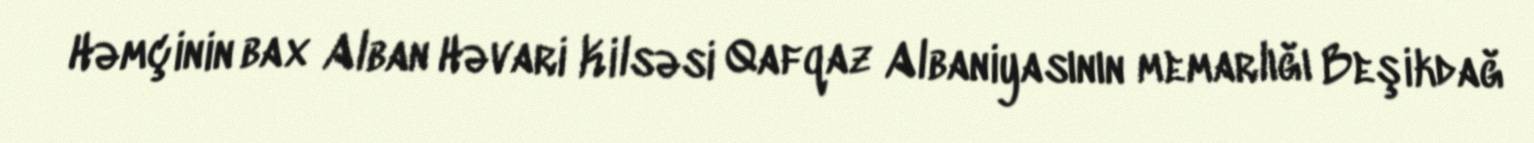
Həmçinin bax Alban Həvari Kilsəsi Qafqaz Albaniyasının memarlığı Beşikdağ